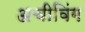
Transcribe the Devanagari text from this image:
अचीविंग